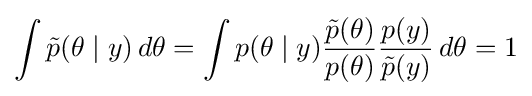
\int {\tilde {p}}(\theta \mid y)\,d\theta =\int p(\theta \mid y){\frac {{\tilde {p}}(\theta )}{p(\theta )}}{\frac {p(y)}{{\tilde {p}}(y)}}\,d\theta =1